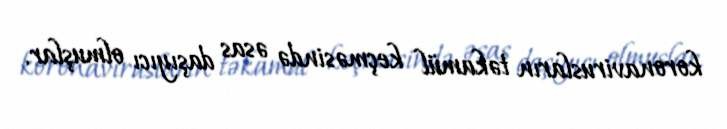
koronavirusların təkamül keçməsində əsas daşıyıcı olmuşlar.